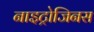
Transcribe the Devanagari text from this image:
नाइट्रोजिनस